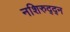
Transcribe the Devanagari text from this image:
नशिरुद्द्न